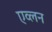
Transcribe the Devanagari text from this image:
एव्लन